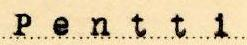
Pentti